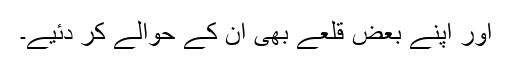
اور اپنے بعض قلعے بھی ان کے حوالے کر دئیے۔